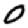
Digit: 0